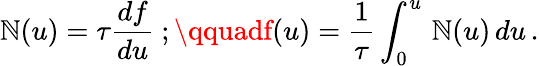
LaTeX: \mathbb{N}(u)=\tau{\frac{{df}}{{du}}}\ ;\qquadf(u)={\frac{{1}}{{\tau}}}\int_{0}^{u}\, \mathbb{N}(u)\, du\, .